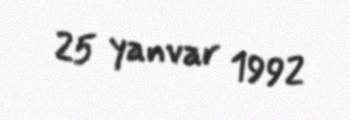
25 yanvar 1992